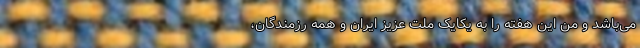
می‌باشد و من این هفته را به یکایک ملت عزیز ایران و همه رزمندگان،